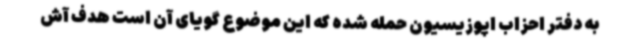
به دفتر احزاب اپوزیسیون حمله شده که این موضوع گویای آن است هدف آش